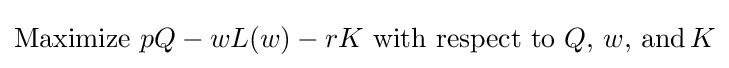
{\text{Maximize}}\,\,pQ-wL(w)-rK\,\,{\text{with respect to}}\,\,Q,\,w,\,{\text{and}}\,K